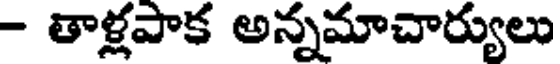
- తాళ్లపాక అన్నమాచార్యులు